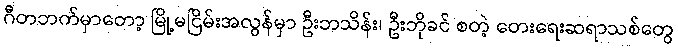
ဂီတဘက်မှာတော့ မြို့မငြိမ်းအလွန်မှာ ဦးဘသိန်း၊ ဦးဘိုခင် စတဲ့ တေးရေးဆရာသစ်တွေ